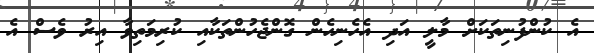
އެ ކުންފުނިތަކަށް މާލީ އަދި އެހެނިހެން ގޮންޖެހުންތަކާއި ކުރިމަތިވާ އިރު ވެސް އެ